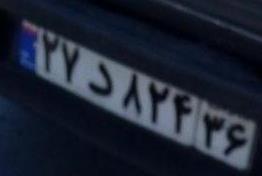
۲۷د۸۲۴۳۶